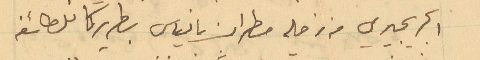
الجريجيري من زحله مطران بانياس بطريركا للطائفه